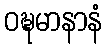
ဝဍ္ဎမာနာနံ